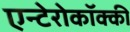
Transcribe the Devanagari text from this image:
एन्टेरोकॉक्की